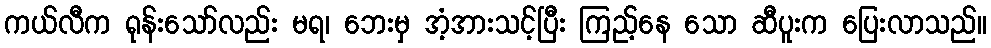
ကယ်လီက ရုန်းသော်လည်း မရ၊ ဘေးမှ အံ့အားသင့်ပြီး ကြည့်နေ သော ဆီပူးက ပြေးလာသည်။